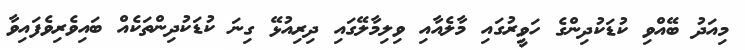
މިއަދު ބޭއްވި ކުޑަކުދިންގެ ހަވީރުގައި މާލެއާއި ވިލިމާލޭގައި ދިރިއުޅޭ ގިނަ ކުޑަކުދިންތަކެއް ބައިވެރިވެފައިވާ